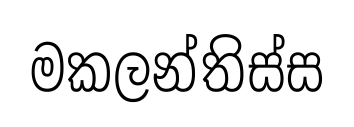
මකලන්තිස්ස